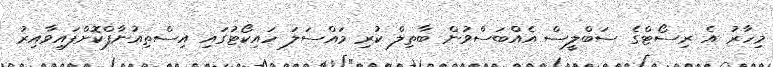
މިހާރު އެ ރިސޯޓްގެ ސަބްލީސް އެއްބަސްވުން ބާތިލް ކުރި މައްސަލަ ހައިކޯޓުގައި އިސްތިއުނާފްކޮށްފައިވާއިރު